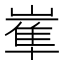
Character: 𡻛